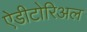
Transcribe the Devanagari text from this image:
ऐडीटोरिअल